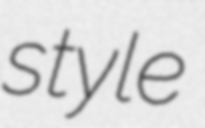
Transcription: style